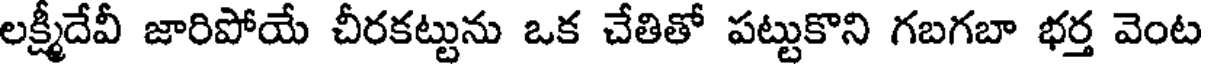
లక్ష్మీదేవీ జారిపోయే చీరకట్టును ఒక చేతితో పట్టుకొని గబగబా భర్త వెంట